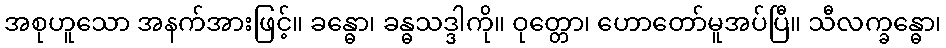
အစုဟူသော အနက်အားဖြင့်။ ခန္ဓော၊ ခန္ဓသဒ္ဒါကို။ ဝုတ္တော၊ ဟောတော်မူအပ်ပြီ။ သီလက္ခန္ဓော၊